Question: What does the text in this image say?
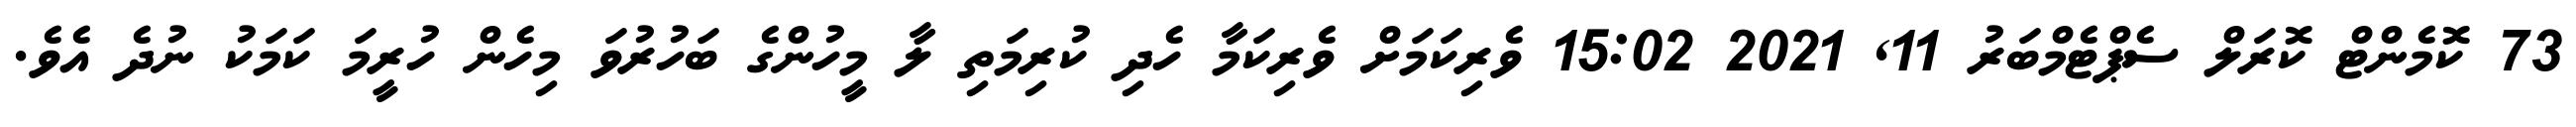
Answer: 73 ކޮމެންޓް ކޮރަލް ސެޕްޓެމްބަރު 11, 2021 15:02 ވެރިކަމަށް ވެރިކަމާ ހެދި ކުރިމަތި ލާ މީހުންގެ ބަހުރުވަ މިހެން ހުރީމަ ކަމަކު ނުދެ އެވެ.